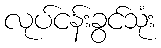
လုပ်ငန်းခွင်သုံး